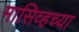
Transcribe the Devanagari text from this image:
मासिव्हच्या